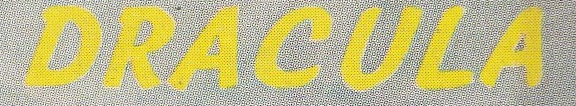
DRACULA